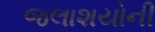
જલાશયોની